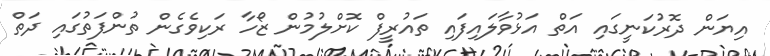
އިޔަން ދޮރުކަނީގައި އަތް އަޅުވާލައިފައި ތައުރީފް ކޮށްލުމުން ޒޯހާ ރަކިވެގެން ތުންފަތުގައި ދަތް